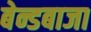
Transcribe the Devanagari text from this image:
बेन्डबाजा